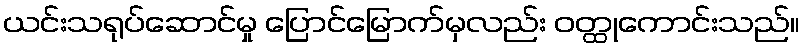
ယင်းသရုပ်ဆောင်မှု ပြောင်မြောက်မှလည်း ဝတ္ထုကောင်းသည်။